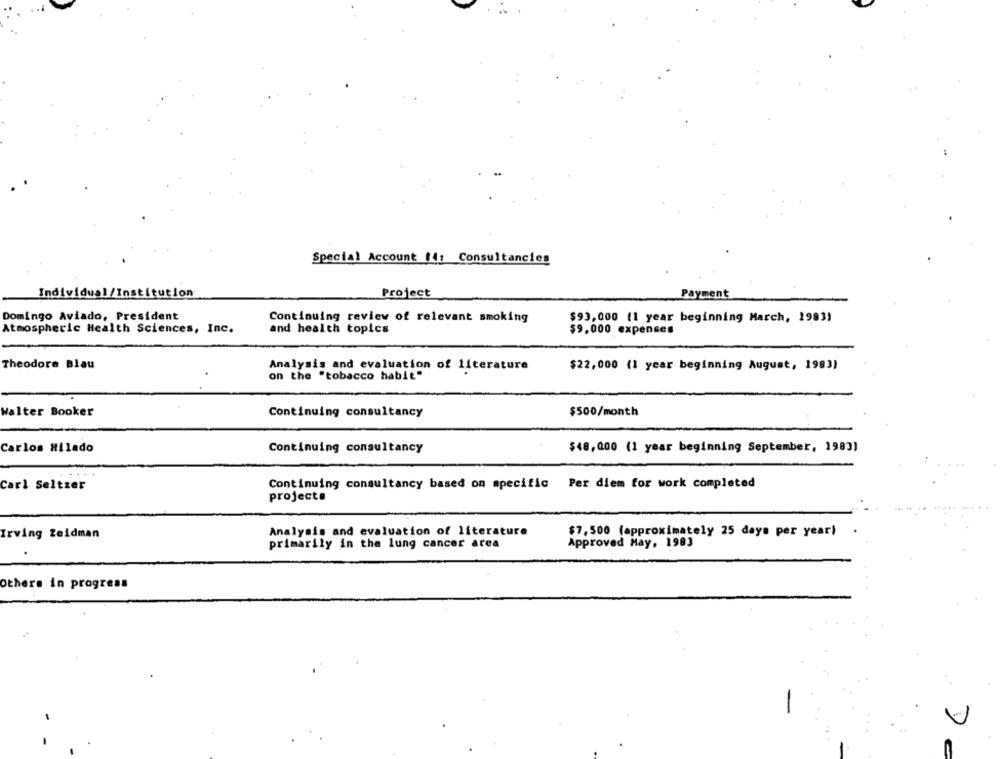
Special Account i: Consultancies
Individual/Institution
Project
Payment
Domingo Aviado, President
Continuing review of relevant smoking
$93,000 (1 year beginning March, 1983)
Atmospheric Health Sciences, Inc.
and health topics
$9,000 expenses
Theodore Blau
Analysis and evaluation of literature
$22,000 (1 year beginning August, 1983)
on the "tobacco habit"
Walter Booker
Continuing consultancy
$500/month
Carlos Hilado
Continuing consultancy
$48,000 (1 year beginning September, 1983)
Carl Seltzer
Continuing consultancy based on specific Per diem for work completed
project.
$7,500 (approximately 25 days per year)
Irving Zeidman
Analysis and evaluation of literature
primarily in the lung cancer area
Approved May, 1983
Others in progress